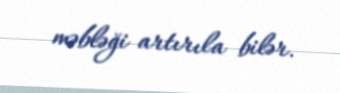
məbləği artırıla bilər.